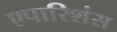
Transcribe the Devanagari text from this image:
एपारिशंस